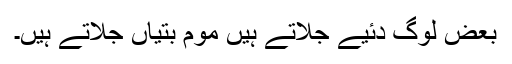
بعض لوگ دئیے جلاتے ہیں موم بتیاں جلاتے ہیں۔